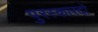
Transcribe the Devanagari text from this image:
पुरस्कारदो